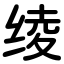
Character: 绫